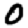
Digit: 0